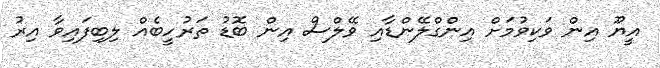
އީޔޫ އިން ވަކިވުމަށް އިންގްލޭންޑާއި ވޭލްސް އިން ބޮޑު ތަރުހީބެއް ލިބިފައިވާ އިރު